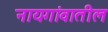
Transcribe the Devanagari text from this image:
नायगांवातील